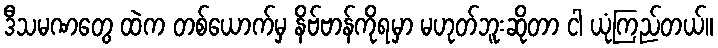
ဒီသမဏတွေ ထဲက တစ်ယောက်မှ နိဗ်ဗာန်ကိုရမှာ မဟုတ်ဘူးဆိုတာ ငါ ယုံကြည်တယ်။